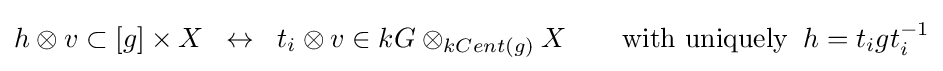
h\otimes v\subset [g]\times X\;\;\leftrightarrow \;\;t_{i}\otimes v\in kG\otimes _{kCent(g)}X\qquad {\text{with uniquely}}\;\;h=t_{i}gt_{i}^{-1}